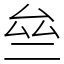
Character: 亝